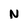
Character: N